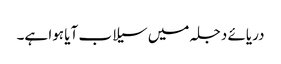
دریائے دجلہ میں سیلاب آیا ہوا ہے۔